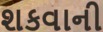
શકવાની